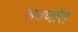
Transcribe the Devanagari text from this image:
सवर्णात